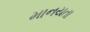
માનયતા